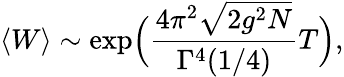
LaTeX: \langle W\rangle\sim\exp\Bigl(\frac{4\pi^{2}\sqrt{2g^{2}N}}{\Gamma^{4}(1/4)}T\Bigr),